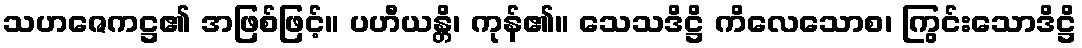
သဟဇေကဋ္ဌ၏ အဖြစ်ဖြင့်။ ပဟီယန္တိ၊ ကုန်၏။ သေသဒိဋ္ဌိ ကိလေသောစ၊ ကြွင်းသောဒိဋ္ဌိ